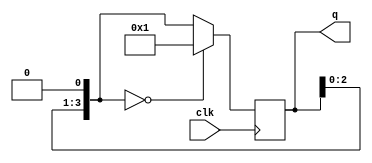
`timescale 1ns / 1ps
//////////////////////////////////////////////////////////////////////////////////
// Company: 
// Engineer: 
// 
// Design Name: 
// Module Name: fourbit
// Project Name: 
// Target Devices: 
// Tool Versions: 
// Description: 
// 
// Dependencies: 
// 
// Revision:
// Revision 0.01 - File Created
// Additional Comments:
// 
//////////////////////////////////////////////////////////////////////////////////


module fourbit(
    input clk,
    output[3:0] q
    );
    reg[3:0] qout;
    initial begin
        qout=4'b0001;
    end
    always @(posedge clk)
        begin
            qout=qout<<1;
            if(qout==4'b0000) qout=4'b0001;
        end
    assign q=qout;
endmodule